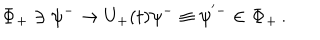
LaTeX: { \mathbf \Phi } _ { + } \ni \psi ^ { - } \to U _ { + } ( t ) \psi ^ { - } \equiv \psi ^ { ' - } \in { \mathbf \Phi } _ { + } \, .